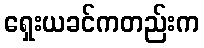
ရှေးယခင်ကတည်းက